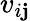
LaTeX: v_{i\mathbf{j}}